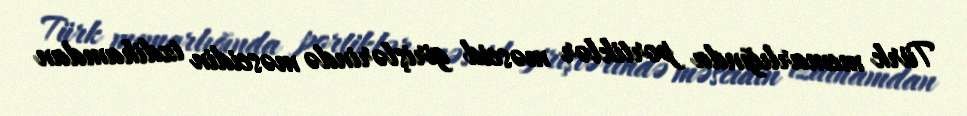
Türk memarlığında portiklər məscid girişlərində məscidin izdihamdan